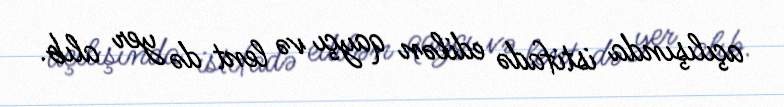
açılışında istifadə edilən qayçı və lent də yer alıb.